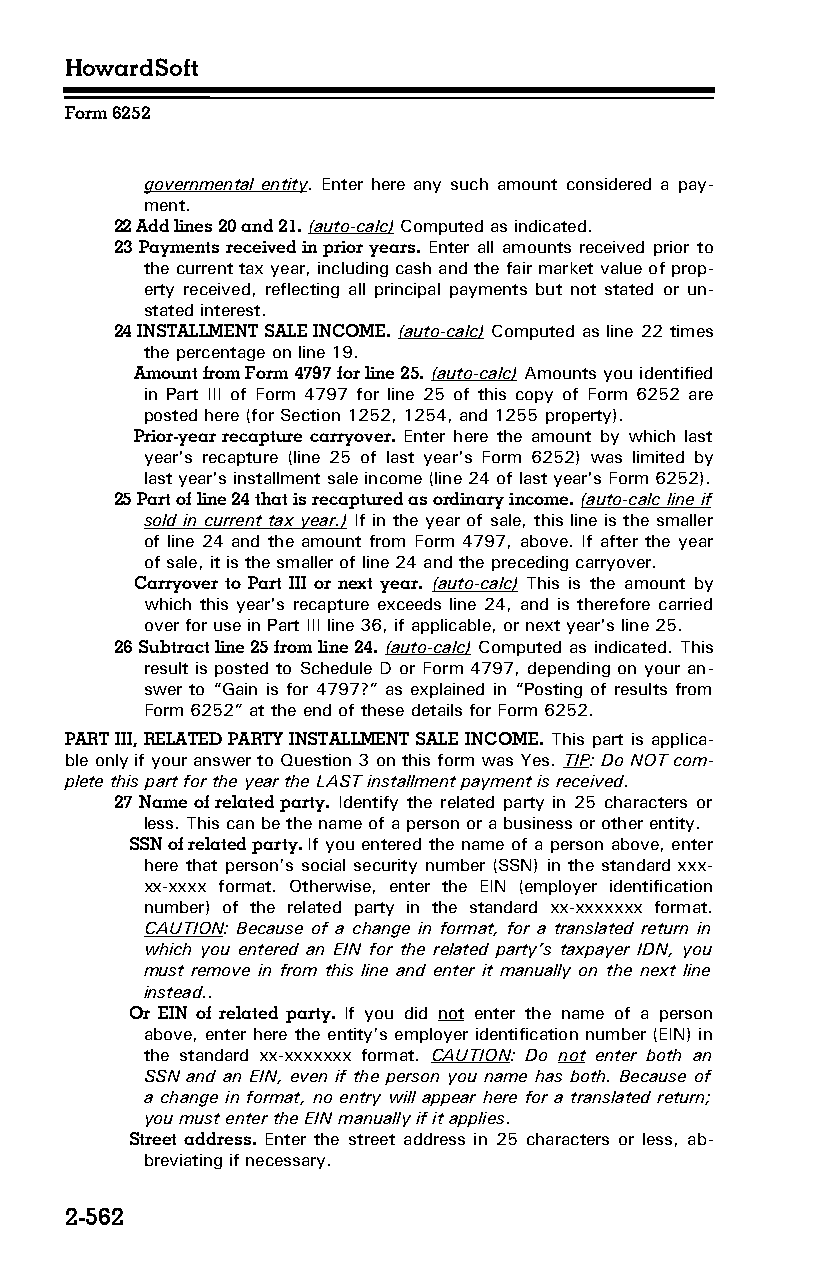
HowardSoft
 Form 6252
 governmental entity. Enter here any such amount considered a pay­
 ment.
 22 Add lines 20 and 21. (auto-calc) Computed as indicated.
 23 Payments received in prior years. Enter all amounts received prior to
 the current tax year, including cash and the fair market value of prop­
 erty received, reflecting all principal payments but not stated or un­
 stated interest.
 24 INSTALLMENT SALE INCOME. (auto-calc) Computed as line 22 times
 the percentage on line 19.
 Amount from Form 4797 for line 25. (auto-calc) Amounts you identified
 in Part III of Form 4797 for line 25 of this copy of Form 6252 are
 posted here (for Section 1252, 1254, and 1255 property).
 Prior-year recapture carryover. Enter here the amount by which last
 year's recapture (line 25 of last year's Form 6252) was limited by
 last year's installment sale income (line 24 of last year's Form 6252).
 25 Part of line 24 that is recaptured as ordinary income. (auto-calc line if
 sold in current tax year.) If in the year of sale, this line is the smaller
 of line 24 and the amount from Form 4797, above. If after the year
 of sale, it is the smaller of line 24 and the preceding carryover.
 Carryover to Part III or next year. (auto-calc) This is the amount by
 which this year's recapture exceeds line 24, and is therefore carried
 over for use in Part III line 36, if applicable, or next year's line 25.
 26 Subtract line 25 from line 24. (auto-calc) Computed as indicated. This
 result is posted to Schedule D or Form 4797, depending on your an­
 swer to “Gain is for 4797?” as explained in “Posting of results from
 Form 6252” at the end of these details for Form 6252.
 PART III, RELATED PARTY INSTALLMENT SALE INCOME. This part is applica­
 ble only if your answer to Question 3 on this form was Yes. TIP: Do NOT com­
 plete this part for the year the LAST installment payment is received.
 27 Name of related party. Identify the related party in 25 characters or
 less. This can be the name of a person or a business or other entity.
 SSN of related party. If you entered the name of a person above, enter
 here that person’s social security number (SSN) in the standard xxx-
 xx-xxxx format. Otherwise, enter the EIN (employer identification
 number) of the related party in the standard xx-xxxxxxx format.
 CAUTION: Because of a change in format, for a translated return in
 which you entered an EIN for the related party’s taxpayer IDN, you
 must remove in from this line and enter it manually on the next line
 instead..
 Or EIN of related party. If you did not enter the name of a person
 above, enter here the entity’s employer identification number (EIN) in
 the standard xx-xxxxxxx format. CAUTION: Do not enter both an
 SSN and an EIN, even if the person you name has both. Because of
 a change in format, no entry will appear here for a translated return;
 you must enter the EIN manually if it applies.
 Street address. Enter the street address in 25 characters or less, ab­
 breviating if necessary.
 2-562